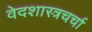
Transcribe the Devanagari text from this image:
वेदशास्त्रचर्चा